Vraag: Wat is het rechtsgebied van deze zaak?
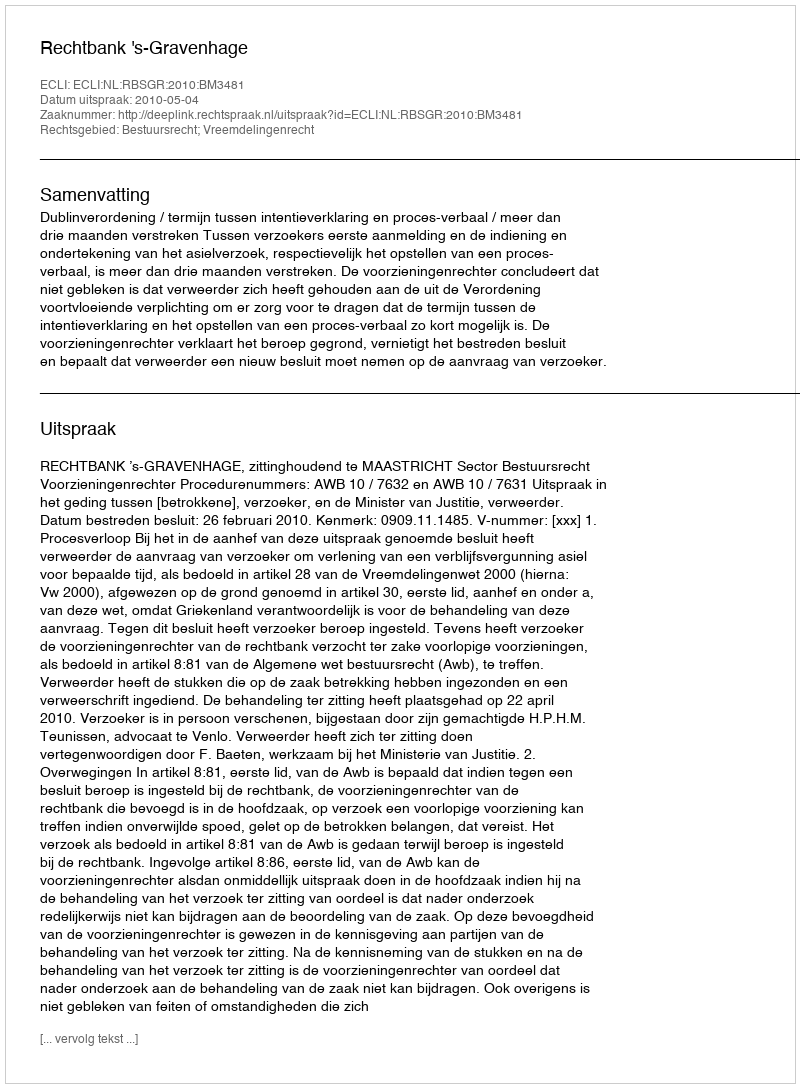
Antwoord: Bestuursrecht; Vreemdelingenrecht